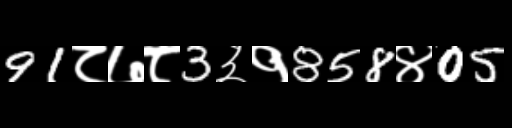
Text: 91८७८3३१858४05